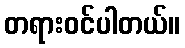
တရားဝင်ပါတယ်။